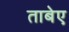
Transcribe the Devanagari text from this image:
ताबेए